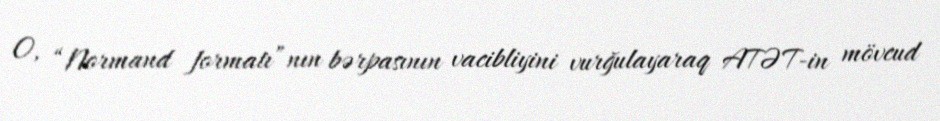
O, “Normand formatı”nın bərpasının vacibliyini vurğulayaraq ATƏT-in mövcud